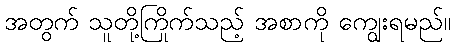
အတွက် သူတို့ကြိုက်သည့် အစာကို ကျွေးရမည်။